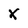
Character: X